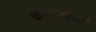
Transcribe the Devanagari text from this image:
की।राक्षसों